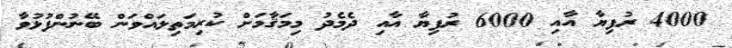
4000 ރުފިޔާ އާއި 6000 ރުފިޔާ އާއި ދެމެދު މިމަޤާމަށް ކުރިމަތިލައްވަން ބޭނުންފުޅުވާ